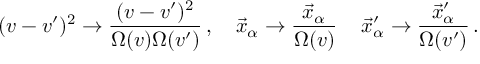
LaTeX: ( v - v ^ { \prime } ) ^ { 2 } \rightarrow \frac { ( v - v ^ { \prime } ) ^ { 2 } } { \Omega ( v ) \Omega ( v ^ { \prime } ) } \, , \quad \vec { x } _ { \alpha } \rightarrow \frac { \vec { x } _ { \alpha } } { \Omega ( v ) } \, \quad \vec { x } _ { \alpha } ^ { \prime } \rightarrow \frac { \vec { x } _ { \alpha } ^ { \prime } } { \Omega ( v ^ { \prime } ) } \, .